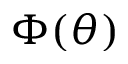
\Phi ( \theta )